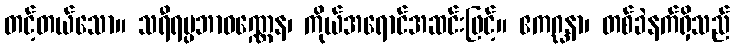
တင့်တယ်သော။ သရီရပ္ပဘာဝဏ္ဏေန၊ ကိုယ်အရောင်အဆင်းဖြင့်။ ဧကဂ္ဃနာ၊ တစ်ခဲနက်ရှိသည်